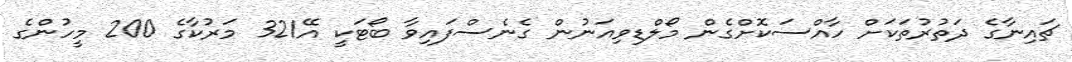
ޗައިނާގެ ދަތުރުތަކަށް ހާއްސަކޮށްގެން މޯލްޑިވިއަނުން ގެނެސްފައިވާ ބޯޓަކީ އޭ321 މަރުކާގެ 200 މީހުންގެ